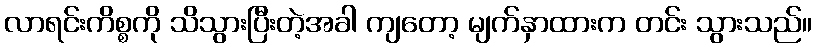
လာရင်းကိစ္စကို သိသွားပြီးတဲ့အခါ ကျတော့ မျက်နှာထားက တင်း သွားသည်။